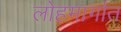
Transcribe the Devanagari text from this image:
लोहमार्गात